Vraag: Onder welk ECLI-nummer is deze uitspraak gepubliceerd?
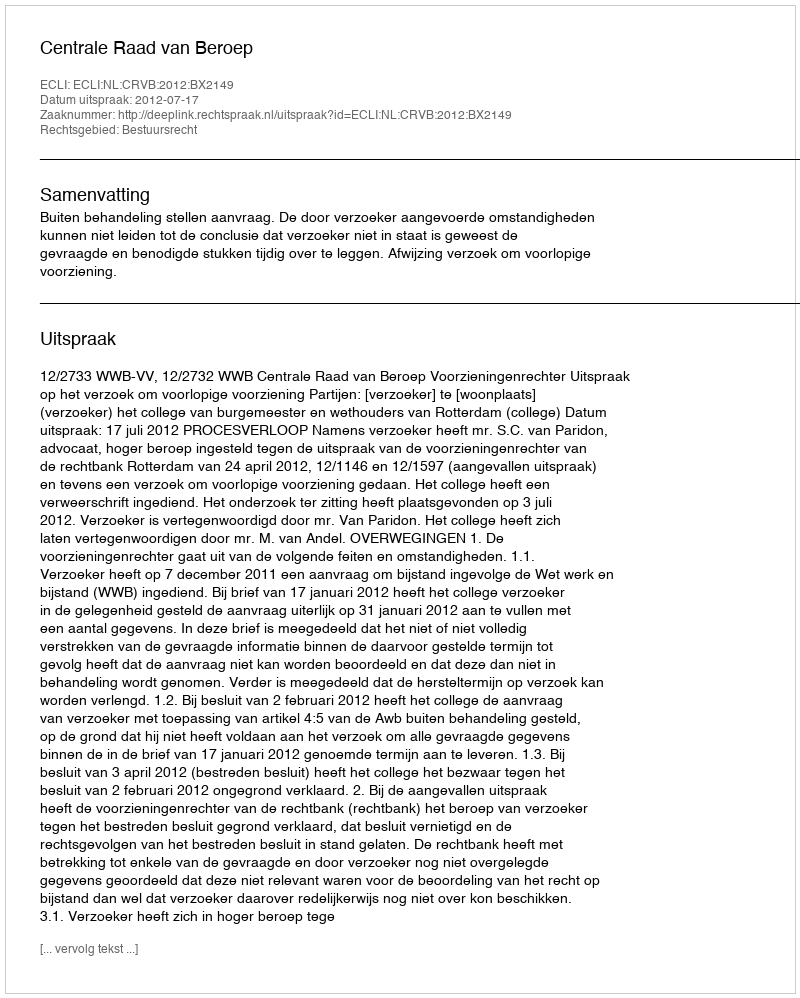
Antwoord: ECLI:NL:CRVB:2012:BX2149